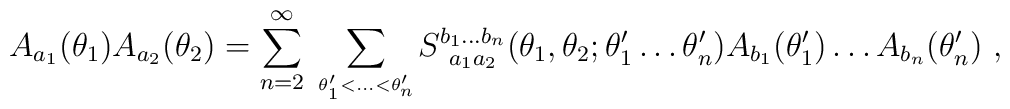
A_{a_1}(\theta_1)A_{a_2}(\theta_2)=\sum_{n=2}^{\infty}\,\sum_{\theta'_1{<}\dots {<}\theta'_n\atop{}}\!S^{b_1\dots b_n}_{~a_1a_2}(\theta_1,\theta_2;\theta'_1\dots\theta'_n)A_{b_1}(\theta'_1)\dots A_{b_n}(\theta'_n)~,